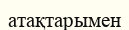
атақтарымен